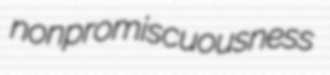
nonpromiscuousness